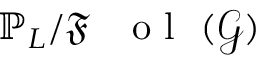
\mathbb { P } _ { L } / \mathfrak { F } \mathrm { ~ \textbf ~ { ~ o ~ l ~ } ~ } ( \mathcal { G } )